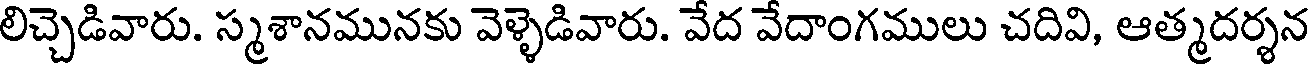
లిచ్చెడివారు. స్మశానమునకు వెళ్ళెడివారు. వేద వేదాంగములు చదివి, ఆత్మదర్శన